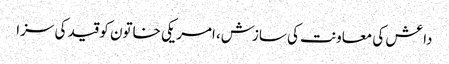
داعش کی معاونت کی سازش، امریکی خاتون کو قید کی سزا